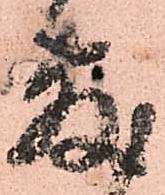
敷